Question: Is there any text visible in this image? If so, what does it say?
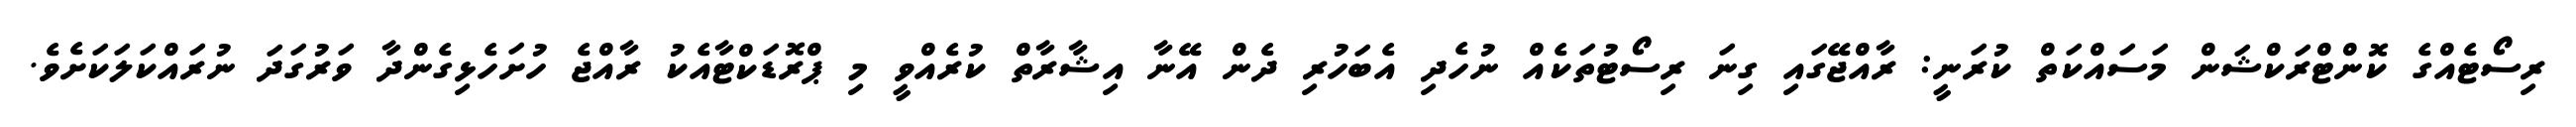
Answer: ރިސޯޓެއްގެ ކޮންޓްރަކްޝަން މަސައްކަތް ކުރަނީ: ރާއްޖޭގައި ގިނަ ރިސޯޓުތަކެއް ނުހެދި އެބަހުރި ދެން އޭނާ އިޝާރާތް ކުރެއްވީ މި ޕްރޮޑަކްޓާއެކު ރާއްޖެ ހުށަހެޅިގެންދާ ވަރުގަދަ ނުރައްކަލަކަށެވެ.